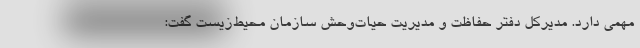
مهمی دارد. مدیرکل دفتر حفاظت و مدیریت حیات‌وحش سازمان محیط‌زیست گفت: